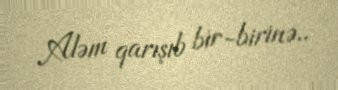
Aləm qarışıb bir-birinə..